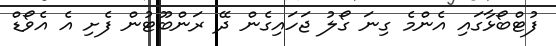
ފުޓްބޯޅާގައި އެންމެ ގިނަ ގޯލު ޖަހައިގެން ދޭ ރަންބޫޓުން ފެށި އެ އެވޯޑް